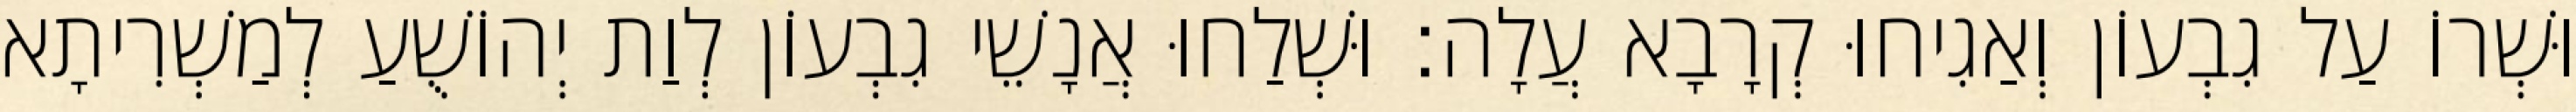
וּשְׁרוֹ עַל גִבְעוֹן וְאַגִיחוּ קְרָבָא עֲלָה׃ וּשְׁלַחוּ אֲנָשֵׁי גִבְעוֹן לְוַת יְהוֹשֻׁעַ לְמַשְׁרִיתָא